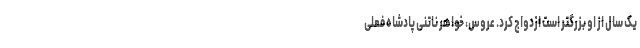
یک سال از او بزرگتر است ازدواج کرد. عروس، خواهر ناتنی پادشاه فعلی